Lunatic asylums Central Provinces reports 1886-1894 - 1886-1894
Year: 1886
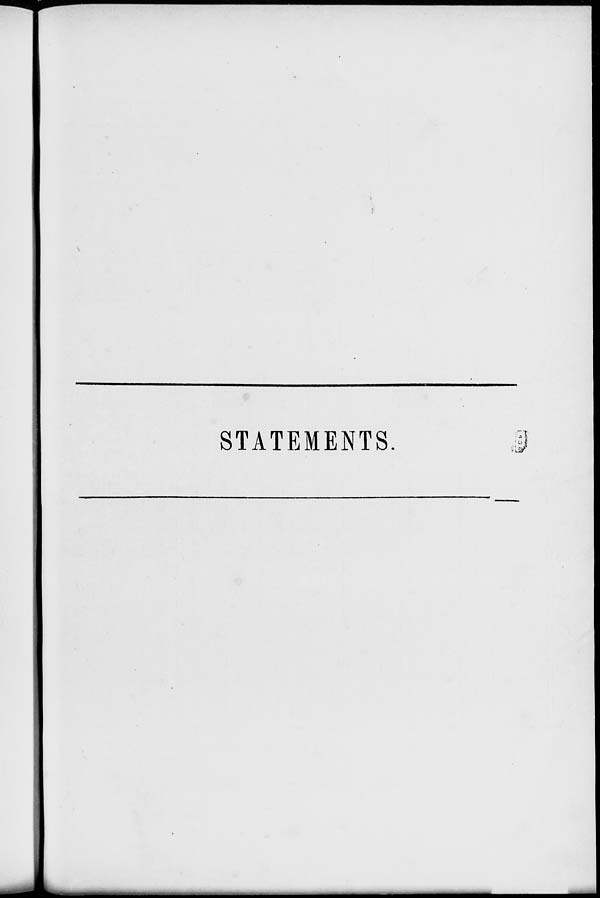
STATEMENTS.